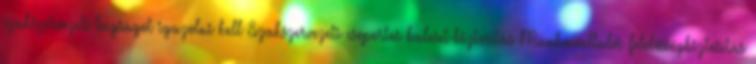
szakszervezeti tagságot igazolni kell Szakszervezeti csoportos baleset-biztosítás Munkavállalói felelősségbiztosítás